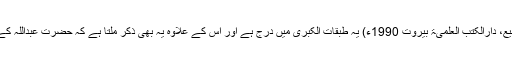
(الطبقات الکبریٰ جزء 2 صفحہ 50 غزوۃ رسول اللّٰہ المریسیع، دارالکتب العلمیۃ بیروت 1990ء) یہ طبقات الکبریٰ میں درج ہے اور اس کے علاوہ یہ بھی ذکر ملتا ہے کہ حضرت عبداللہ کے والد عبداللہ بن ابی نے یہ کہا کہ لَيُخْرِجَنَّ الْأَعَزُّ مِنْهَا الْأَذَلَّ۔